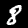
Label: 8